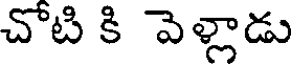
చోటి కి వెళ్లాడు